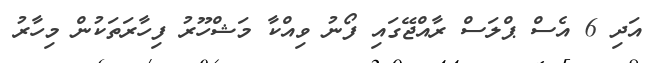
އަދި 6 އެސް ޕްލަސް ރާއްޖޭގައި ފޯނު ވިއްކާ މަޝްހޫރު ފިހާރަތަކުން މިހާރު